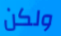
ولكن